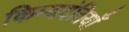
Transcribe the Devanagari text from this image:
किम्वदंतियाँ